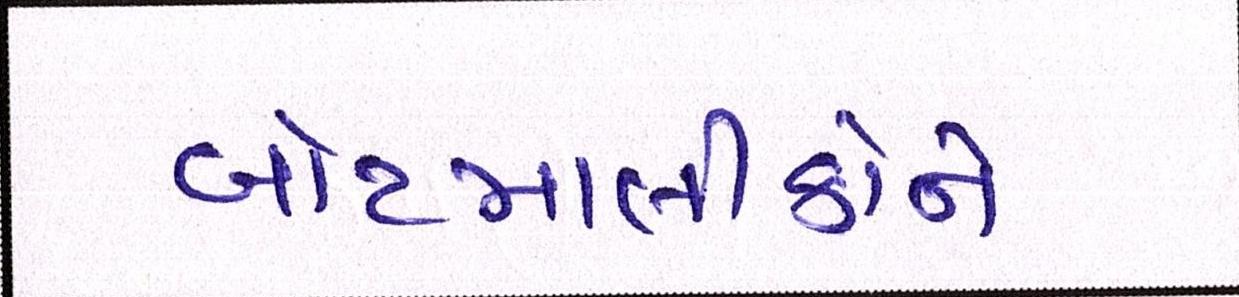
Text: બોટમાલીકોને